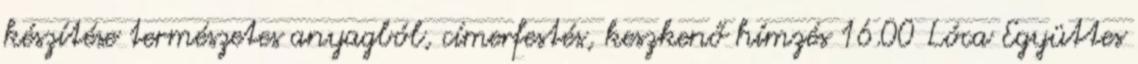
készítése természetes anyagból, címerfestés, keszkenő hímzés 16.00 Lóca Együttes